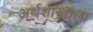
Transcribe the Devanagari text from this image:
अर्थशास्त्राला